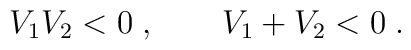
V_1V_2<0\; ,\qquad V_1+V_2<0\; .